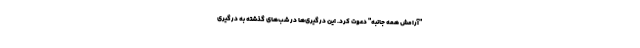
"آرامش همه جانبه" دعوت کرد. این درگیری‌ها در شب‌های گذشته به درگیری